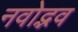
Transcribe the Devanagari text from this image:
नवोद्भव